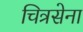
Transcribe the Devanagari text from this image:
चित्रसेना